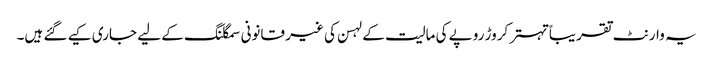
یہ وارنٹ تقریباً تہتر کروڑ روپے کی مالیت کے لہسن کی غیر قانونی سمگلنگ کے لیے جاری کیے گئے ہیں۔